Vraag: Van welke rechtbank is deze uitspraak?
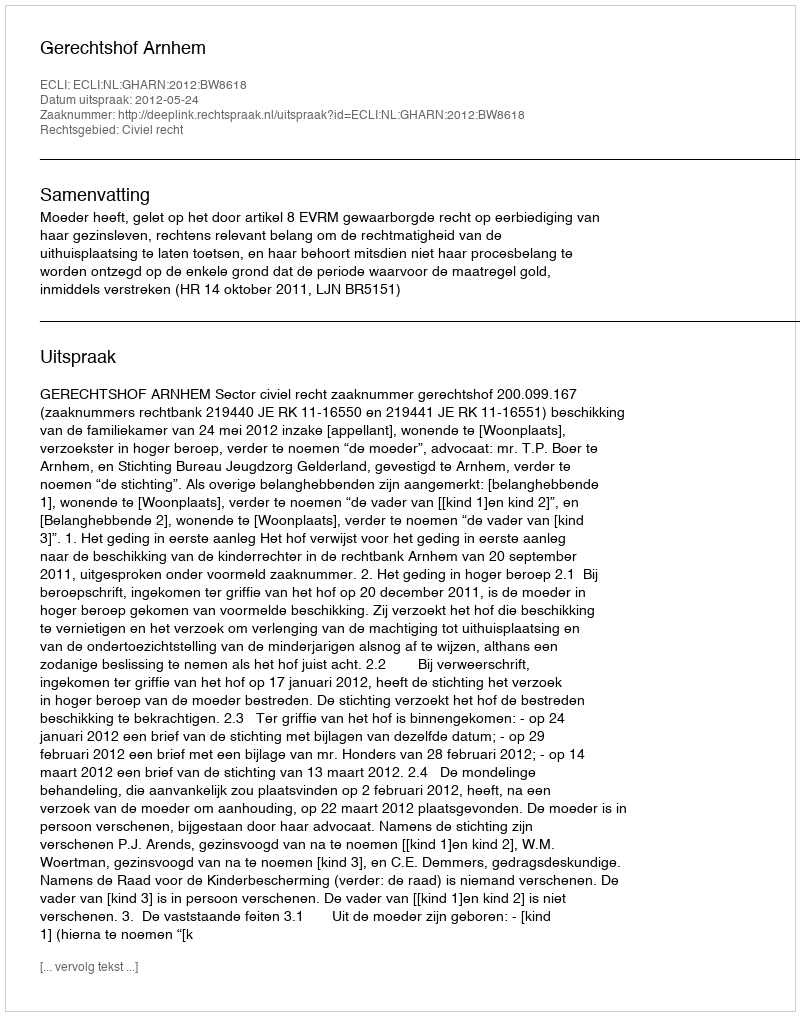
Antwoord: Gerechtshof Arnhem